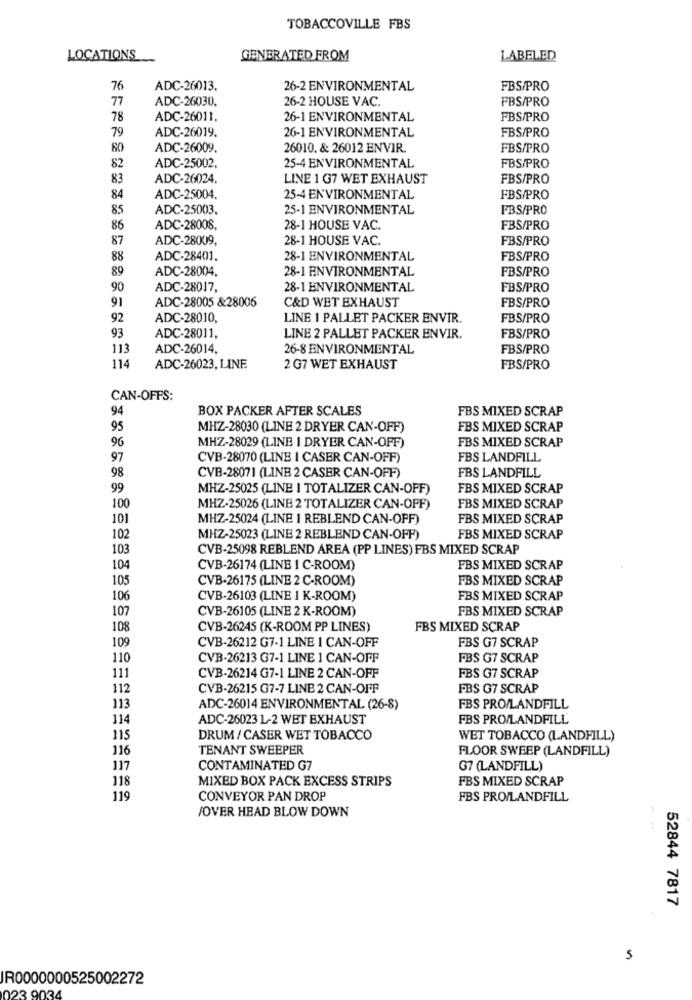
TOBACCOVILLE FBS
LOCATIONS
GENERATED FROM
LABELED
76
ADC-26013.
26-2 ENVIRONMENTAL
FBS/PRO
77
ADC-26030.
26-2 HOUSE VAC.
FBS/PRO
78
ADC-26011.
26-1 ENVIRONMENTAL
FBS/PRO
ADC-26019.
26-1 ENVIRONMENTAL
FBS/PRO
79
80
ADC-26009.
26010. & 26012 ENVIR.
FBS/PRO
82
ADC-25002,
25-4 ENVIRONMENTAL
FBS/PRO
83
ADC-26024.
LINE 1 G7 WET EXHAUST
FBS/PRO
84
ADC-25004.
25-4 ENVIRONMENTAL
FBS/PRO
85
ADC-25003.
25-1 ENVIRONMENTAL
FBS/PRO
86
ADC-28008,
28-1 HOUSE VAC.
FBS/PRO
87
ADC-28009,
28-1 HOUSE VAC.
FBS/PRO
88
ADC-28401.
28-1 ENVIRONMENTAL
FBS/PRO
89
ADC-28004.
28-1 ENVIRONMENTAL
FBS/PRO
90
ADC-28017.
28-1 ENVIRONMENTAL
FBS/PRO
91
ADC-28005 &28006
C&D WET EXHAUST
FBS/PRO
92
ADC-28010,
LINE 1 PALLET PACKER ENVIR.
FBS/PRO
93
ADC-28011,
LINE 2 PALLET PACKER ENVIR.
FBS/PRO
113
ADC-26014.
26-8 ENVIRONMENTAL
FBS/PRO
114
ADC-26023, LINE
2 G7 WET EXHAUST
FBS/PRO
CAN-OFFS:
BOX PACKER AFTER SCALES
FBS MIXED SCRAP
94
95
MHZ-28030 (LINE 2 DRYER CAN-OFF)
FBS MIXED SCRAP
FBS MIXED SCRAP
96
MHZ-28029 (LINE | DRYER CAN-OFF)
97
CVB-28070 (LINE I CASER CAN-OFF)
FBS LANDFILL
CVB-28071 (LINE 2 CASER CAN-OFF)
FBS LANDFILL
98
99
MHZ-25025 (LINE I TOTALIZER CAN-OFF)
FBS MIXED SCRAP
100
MHZ-25026 (LINE 2 TOTALIZER CAN-OFF)
FBS MIXED SCRAP
101
MHZ-25024 (LINE | REBLEND CAN-OFF)
FBS MIXED SCRAP
102
MHZ-25023 (LINE 2 REBLEND CAN-OFF)
FBS MIXED SCRAP
103
CVB-25098 REBLEND AREA (PP LINES) FBS MIXED SCRAP
104
CVB-26174 (LINE 1 C-ROOM)
FBS MIXED SCRAP
105
CVB-26175 (LINE 2 C-ROOM)
FBS MIXED SCRAP
106
CVB-26103 (LINE 1 K-ROOM)
FBS MIXED SCRAP
107
CVB-26105 (LINE 2 K-ROOM)
FBS MIXED SCRAP
108
CVB-26245 (K-ROOM PP LINES)
FBS MIXED SCRAP
109
FBS G7 SCRAP
CVB-26212 G7-1 LINE 1 CAN-OFF
110
CVB-26213 G7-1 LINE 1 CAN-OFF
FBS G7 SCRAP
111
CVB-26214 G7-1 LINE 2 CAN-OFF
FBS G7 SCRAP
112
CVB-26215 G7-7 LINE 2 CAN-OFF
FBS G7 SCRAP
113
ADC-26014 ENVIRONMENTAL (26-8)
FBS PRO/LANDFILL
114
ADC-26023 L-2 WET EXHAUST
FBS PRO/LANDFILL
115
DRUM / CASER WET TOBACCO
WET TOBACCO (LANDFILL)
116
TENANT SWEEPER
FLOOR SWEEP (LANDFILL)
117
CONTAMINATED G7
G7 (LANDFILL)
118
MIXED BOX PACK EXCESS STRIPS
FBS MIXED SCRAP
119
CONVEYOR PAN DROP
FBS PRO/LANDFILL
/OVER HEAD BLOW DOWN
52844 7817
5
R0000000525002272
023 9034